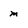
Character: m